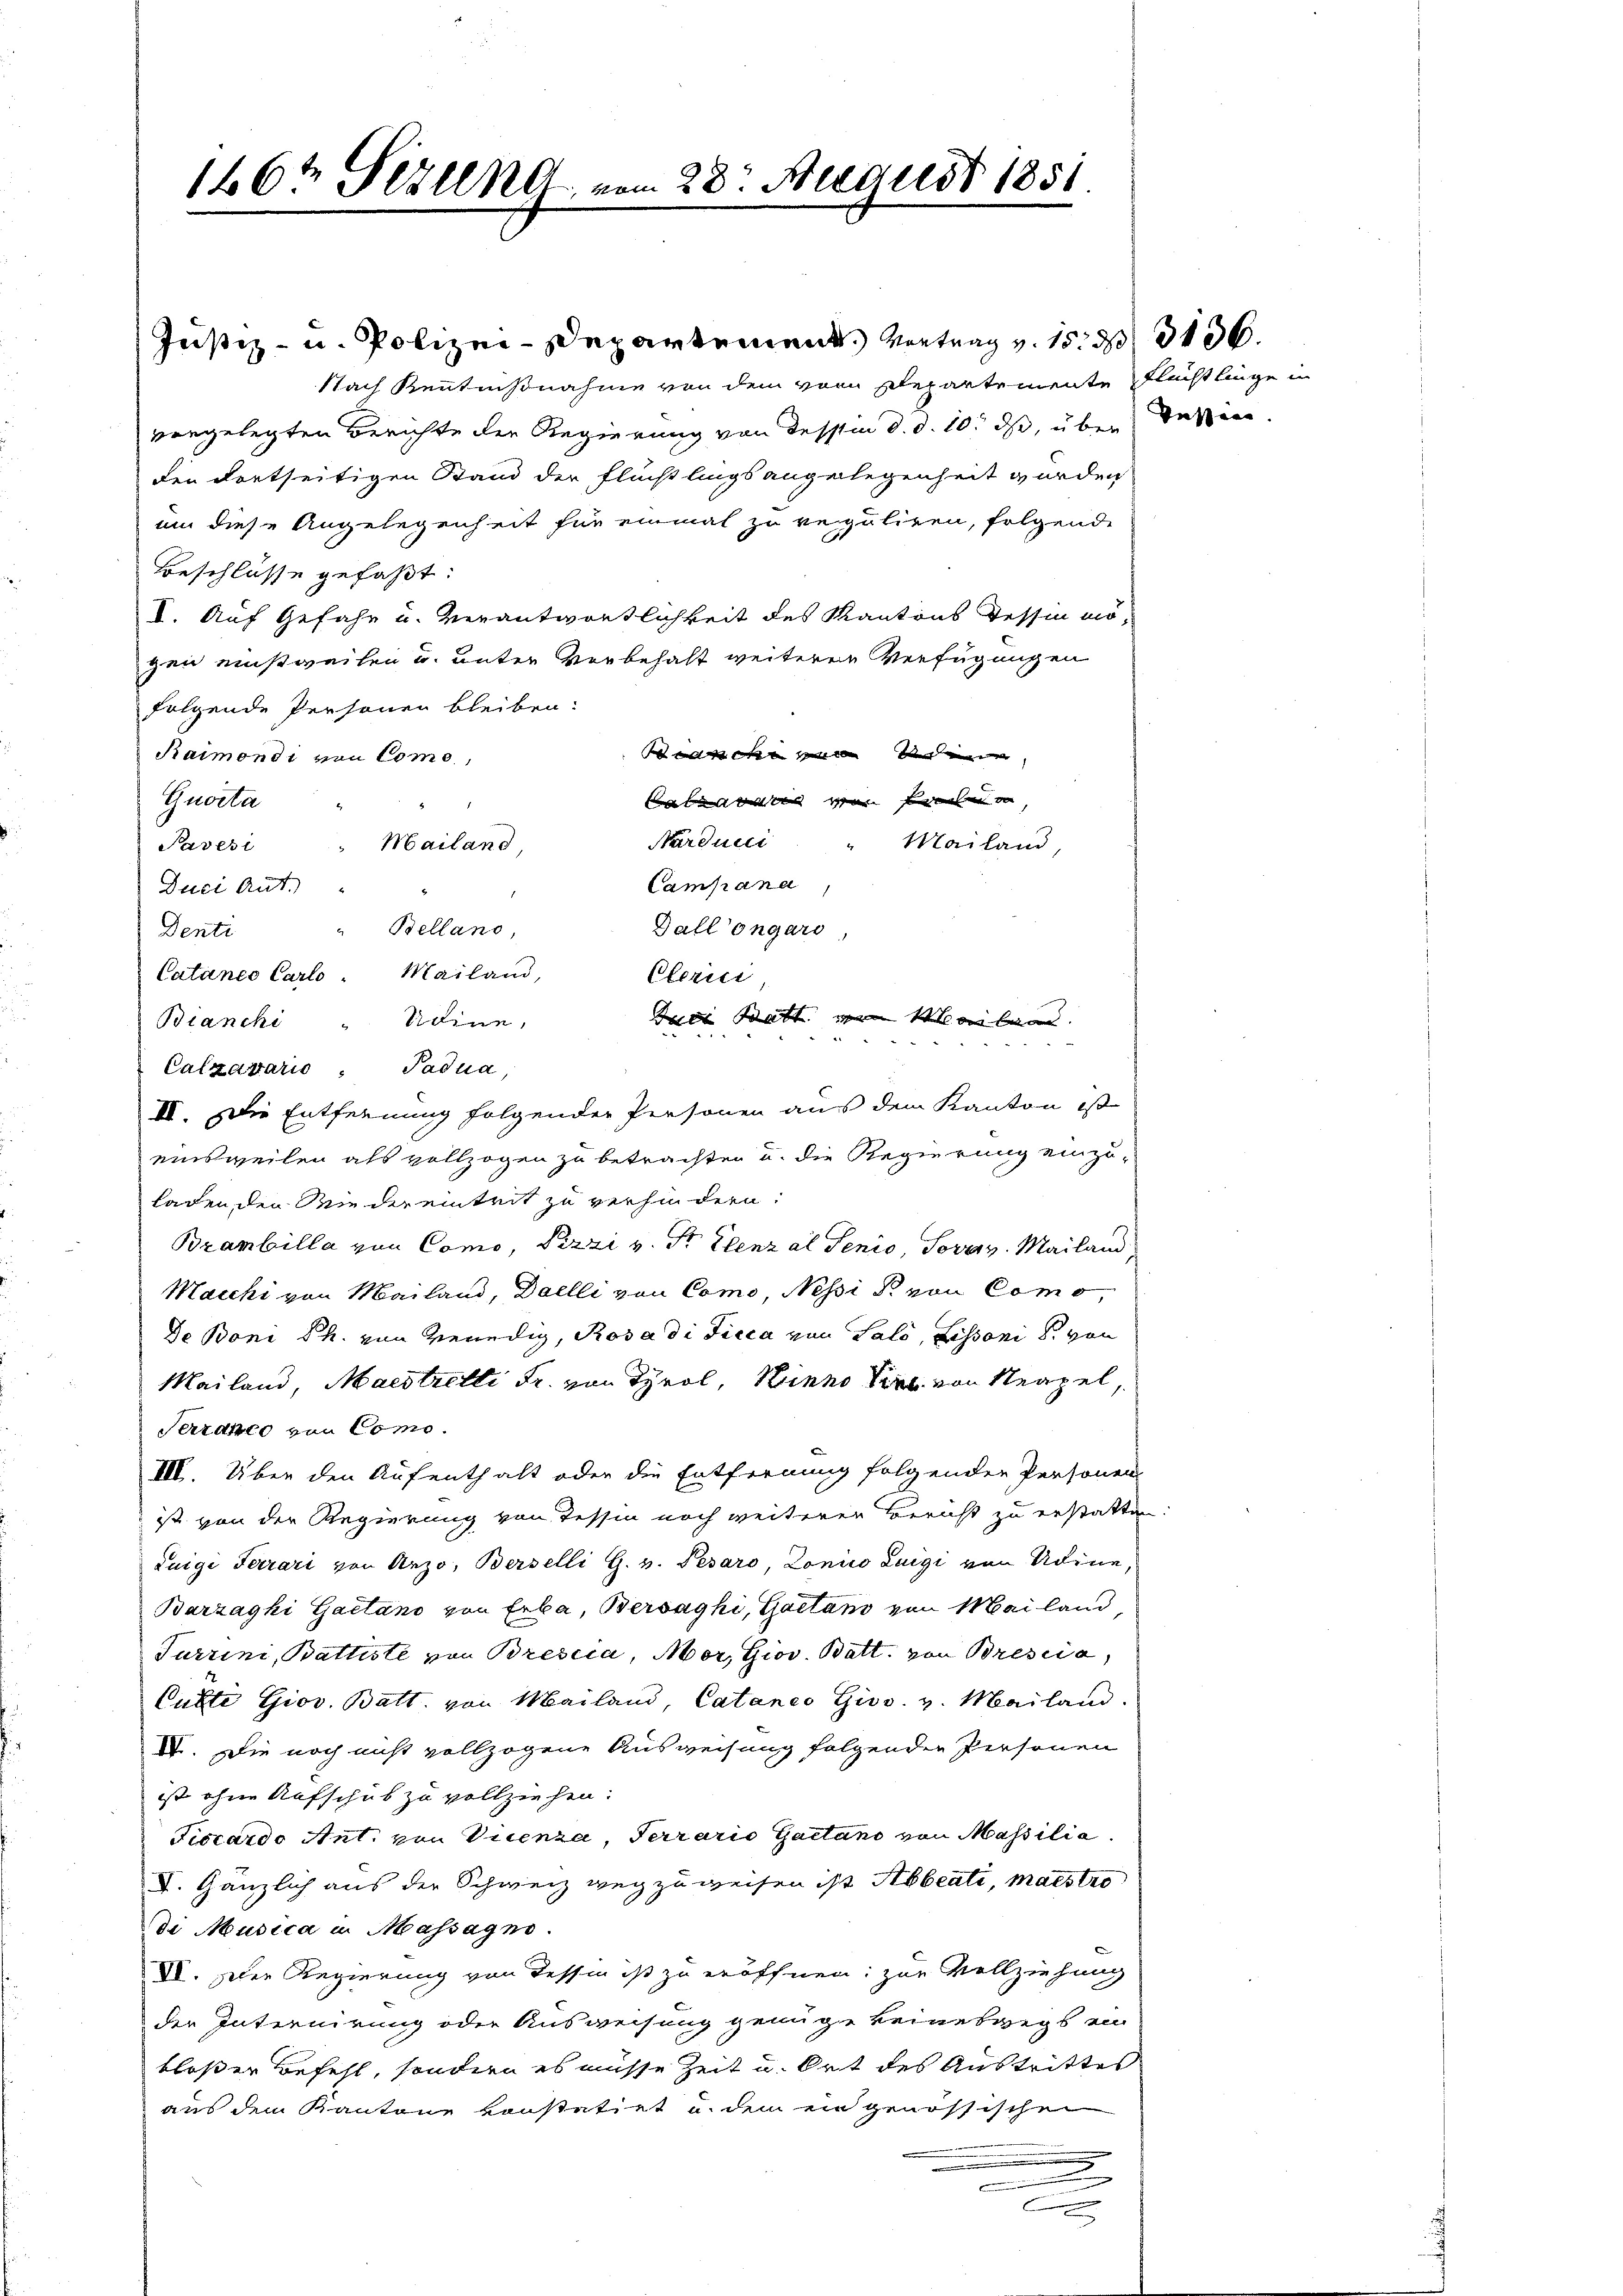
1467 Fezend, vom 28. August 1851

Nach Kenntnißnahme von dem von Departemente Flüchtlinge
vorgelegten Berichte der Regierung von dessen d. d. 10. ds, über Tessin.
den dortseitigen Stand der Flüchtlings angelegenheit wurden
um diese Angelegenheit für einmal zu verguliren, folgende
Beschlüsse gefaßt:
I. Auf Gefahr u. Verantwortlichkeit des Kantons Tessin mögen einstweilen u. unter Vorbehalt weiteren Verfügungen
folgende Personen bleiben:
   Der
Raimondi von Come,
Guarta
Klar war
Narduci " Mailand,
Mailand,
Pavesi
Campana
Duci Ant.
Belland,
Gallongars
Denti
Cataneo Carlo Mailand,
Seine
Bianchi
Calzavaris. Padua,
II. Die Entfernung folgender Personen aus dem Kanton ist
einsweilen als vollzogen zu betrachten u. die Regierung einzuladen, den Wie der eintrit zu verhindern.
.
Brambilla von Como, Pizzi v. Sr. Elenz al Senio Sorav. Mailand
Macchi von Mailand, Daelli von Como, Nessi d. von Como
De Boni dh. von Venedig, Rosa di Ficca von Salo, Lissoni d. von
Mailand, Maistritti Fr. von Tyrol, Kinno die von Neapel,
Terrance von Como
III. Über den Aufenthalt oder die Entfernung folgenden Personen
ist von der Regierung von Tessin noch weiterer Bericht zu erstatten
Luigi Ferrari von Anzo, Berselli G. v. Pesaro, Lonico Luigi von Adine,
Barzaghi Gaetano von Erba, Bersaghi, Gaetan von Mailand
Turrini, Battiste von Brescia, Mor, Giov. Batt. von Bresia,
Cubte Giov. Batt. von Mailand, Cataneo Giss. v. Mailand.
IV. Die noch nicht vollzogene Ausweisung folgenden Personen
ist ohne Aufschub zu vollziehen.
Ficcardo Ant. von Vicenza, Terrario Gaetano von Massilia
V. Gänzlich aus der Schweiz wegzuweisen ist Abbeati, maistro
de Musica in Massagno.
VI. Der Regierung von Tessin ist zu eröffnen; zur Vollziehung
der Internirung oder Ausweisung genüge keineswegs ein
bloßer Befehl, sondern es müsse Zeit u. Ort des Austrittes
aus dem Kantone konstatirt u. dem ein genössischen
e
.
C

Justiz- u. Polizei-Departement. Vortrag v. 15. d. 3136.

Clerici
Drei Watt von Mailand.
.

dem